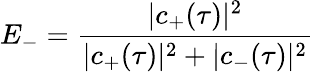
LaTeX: E_{-}=\frac{|c_{+}(\tau)|^{2}}{|c_{+}(\tau)|^{2}+|c_{-}(\tau)|^{2}}